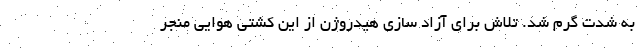
به شدت گرم شد. تلاش برای آزاد سازی هیدروژن از این کشتی هوایی منجر